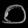
Digit: ၀